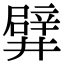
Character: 𨐨